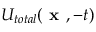
U _ { t o t a l } ( \textbf { x } , - t )